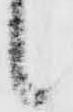
候